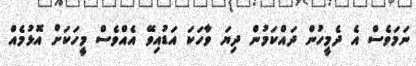
ނަމަވެސް އެ ދެމީހުން ދައްކަމުން ދިޔަ ވާހަކަ އަޑުއިވޭ އެއްވެސް މީހަކަށް އޮޅުމެއް